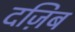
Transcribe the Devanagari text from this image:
दज़िब